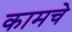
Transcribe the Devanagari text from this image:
कामचे